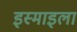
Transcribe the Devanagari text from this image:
इस्माइला